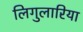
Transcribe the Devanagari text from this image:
लिगुलारिया